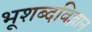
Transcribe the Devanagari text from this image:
भूशब्दविज्ञान